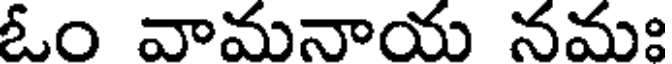
ఓం వామనాయ నమః